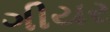
ગીયર